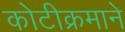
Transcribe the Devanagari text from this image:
कोटीक्रमाने